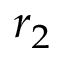
r _ { 2 }